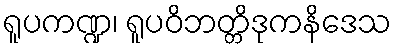
ရူပကဏ္ဍ၊ ရူပဝိဘတ္တိဒုကနိဒေသ